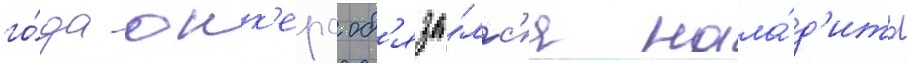
го́да юнк'ерс об'яза́лс'я нала́д'ить